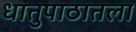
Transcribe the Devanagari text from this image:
धातुपाठातला